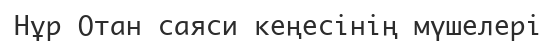
Нұр Отан саяси кеңесінің мүшелері